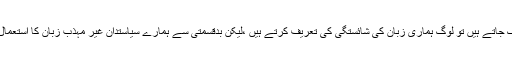
انہوں نے کہا کہ ہماری اُردو زبان میں شرینی ہے ہم بیرون ملک جاتے ہیں تو لوگ ہماری زبان کی شائستگی کی تعریف کرتے ہیں ،لیکن بدقسمتی سے ہمارے سیاستدان غیر مہذب زبان کا استعمال کرتے ہیں جو کہ ہمارے لیئے اجتماعی طور پر نقصان دہ ہے۔